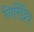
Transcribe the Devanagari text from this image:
निरिंद्रिय